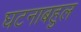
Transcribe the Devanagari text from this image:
घटनाबहुल